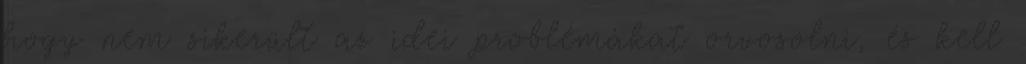
hogy nem sikerült az idei problémákat orvosolni, és kell